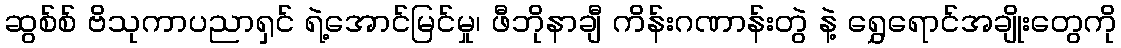
ဆွစ်စ် ဗိသုကာပညာရှင် ရဲ့အောင်မြင်မှု၊ ဖီဘိုနာချီ ကိန်းဂဏာန်းတွဲ နဲ့ ရွှေရောင်အချိုးတွေကို